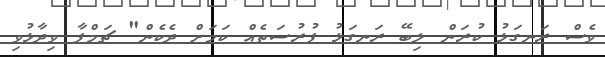
ވެސް ރަނގަޅު ކުރަން ލިބޭ ރަނގަޅު ފުރުސަތެއް ކަމަށް ދެކެން" ޗަމްޕާ ވިދާޅުވި